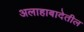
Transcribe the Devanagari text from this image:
अलाहाबादेतील